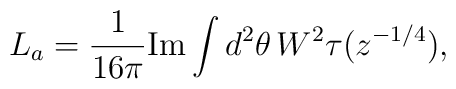
L_a = \frac{1}{16\pi} \mbox{Im} \int d^2\theta\, W^2 \tau(z^{-1/4}),